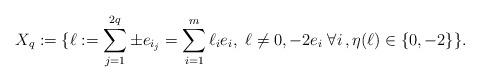
LaTeX: \begin{align*}X_q:=\{\ell:=\sum_{j=1}^{2q} \pm e_{i_j}=\sum_{i=1}^m \ell_ie_i,\ \ell\neq 0,-2e_i\; \forall i\,,\eta(\ell)\in \{0,-2\}\}.\end{align*}